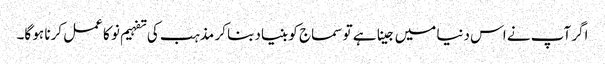
اگر آپ نے اس دنیا میں جینا ہے تو سماج کو بنیاد بنا کر مذہب کی تفہیم نو کا عمل کرنا ہو گا۔